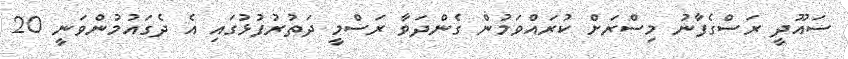
ސައޫދީ ރަސްގެފާނު މިސްރަށް ކުރައްވަމުން ގެންދަވާ ރަސްމީ ދަތުރުފުޅުގައި އެ ދެގައުމުންވަނީ 20